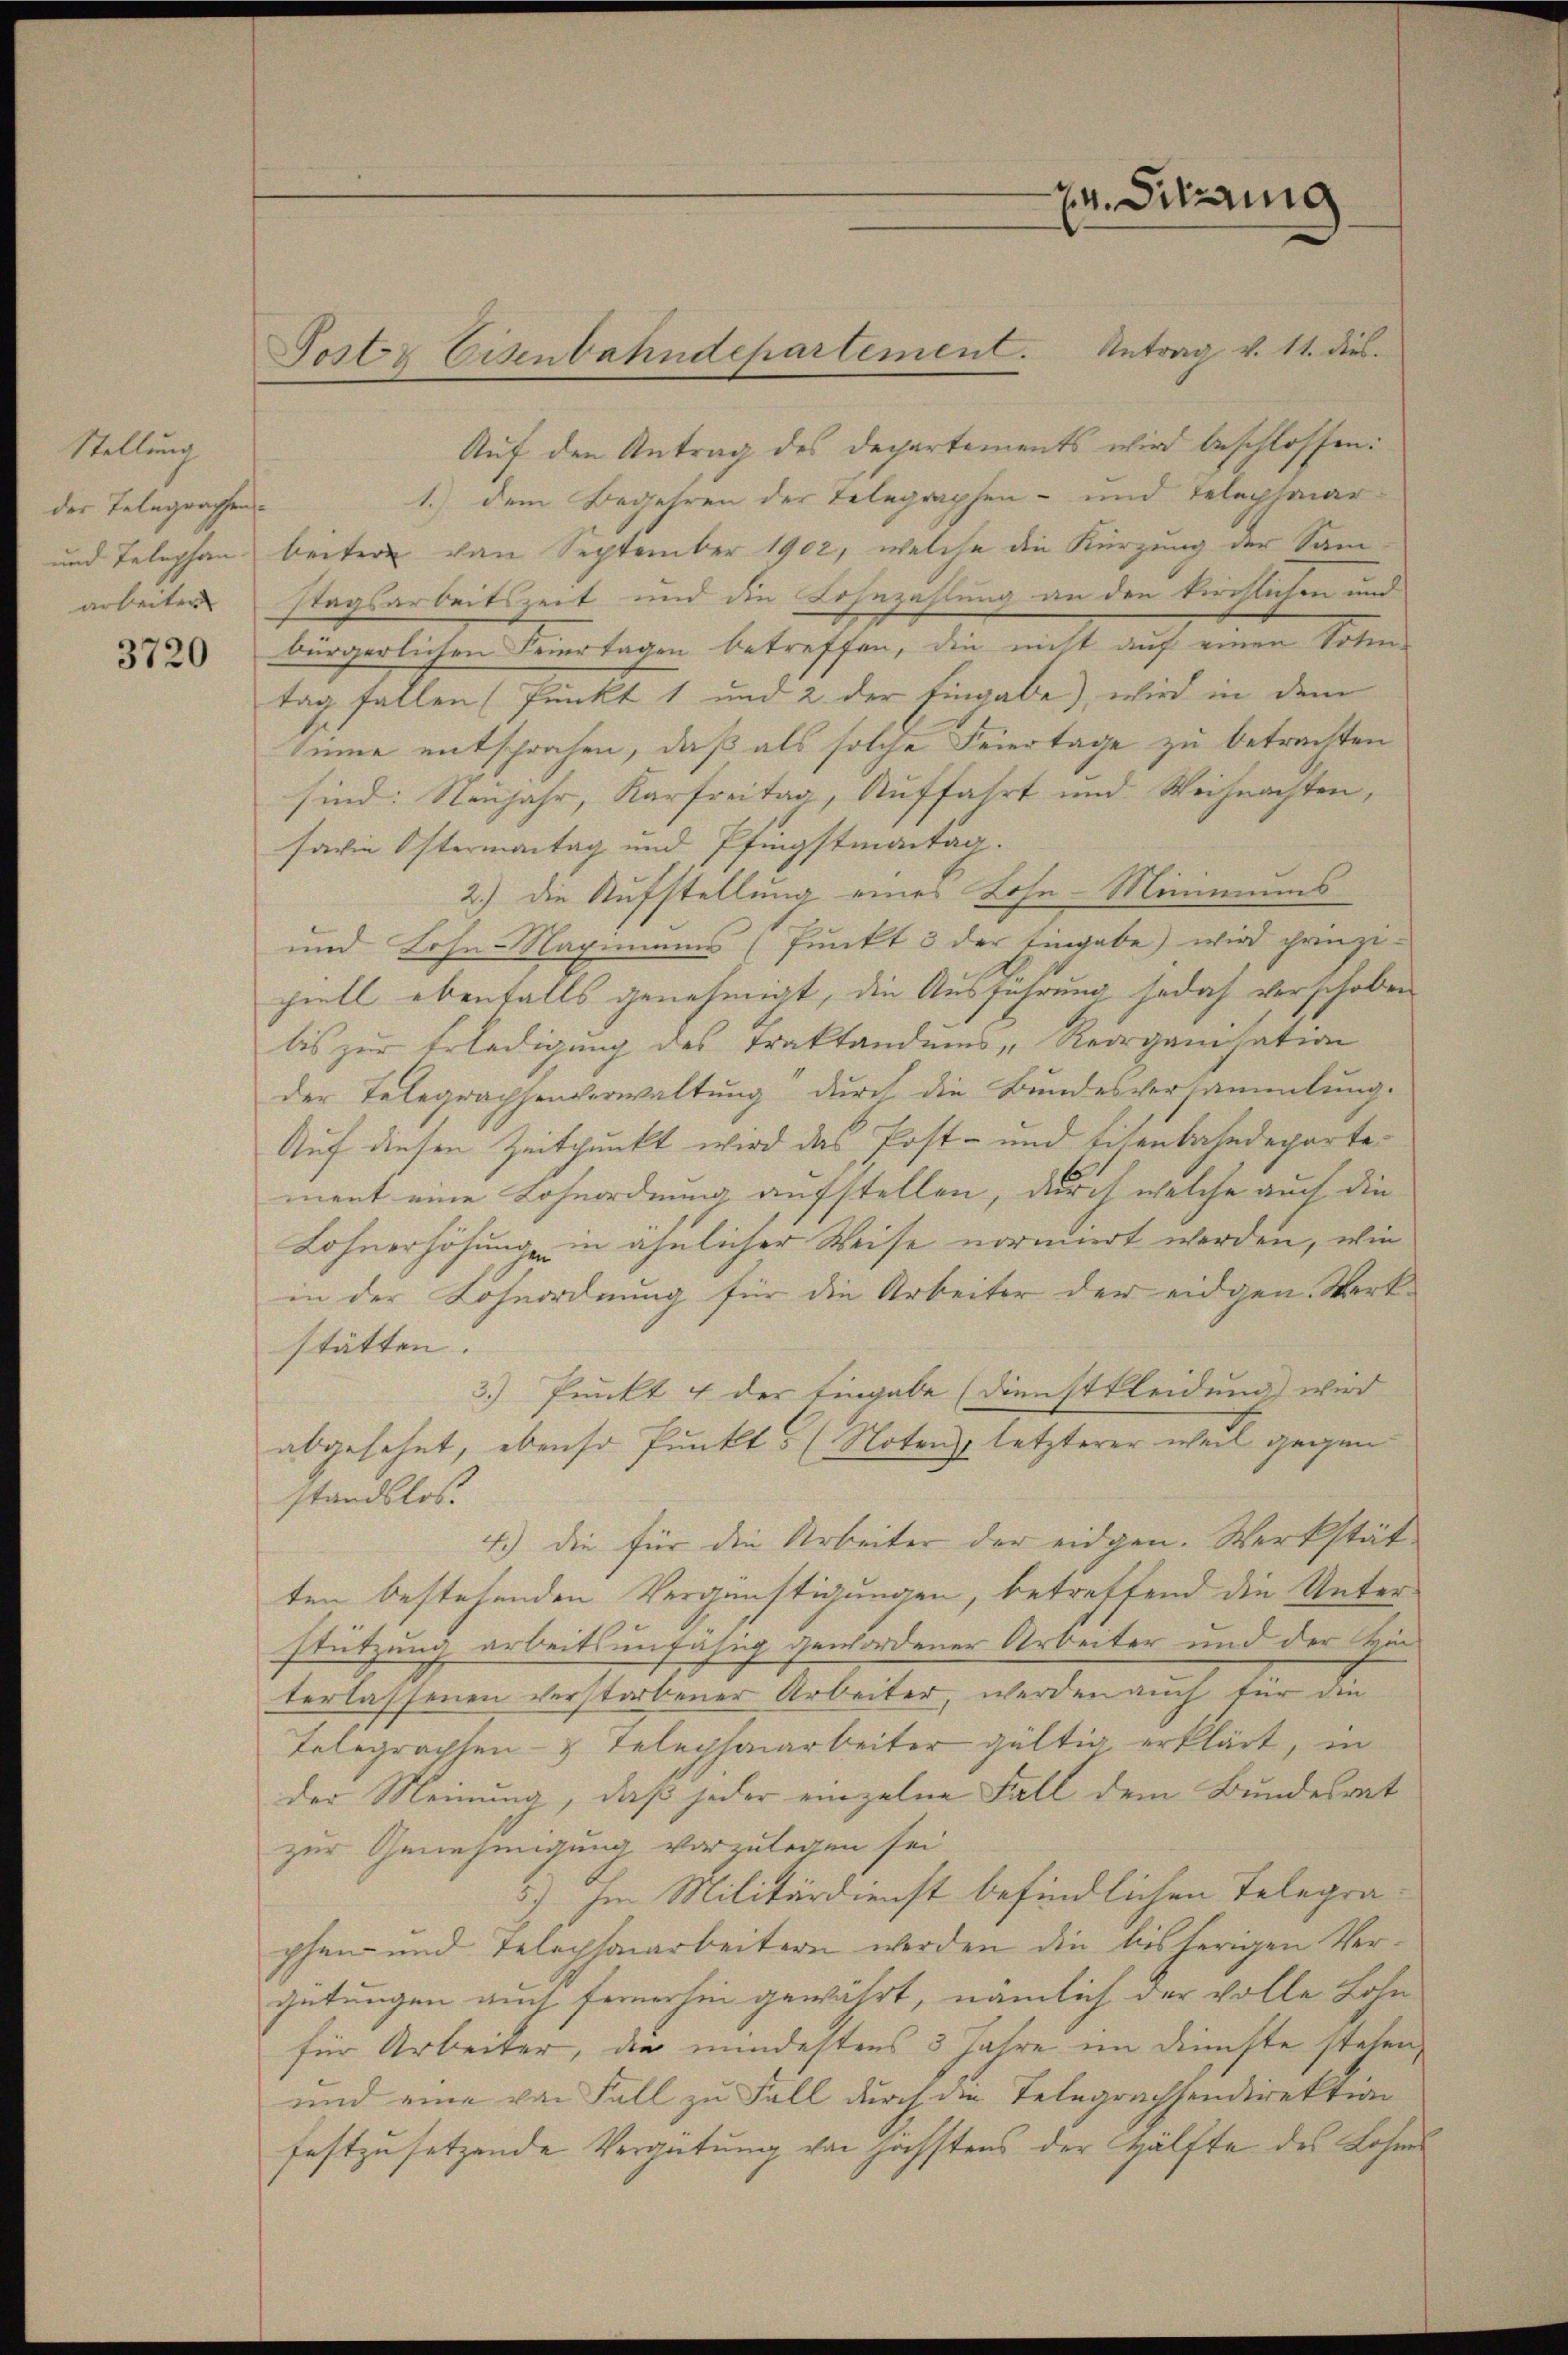
Stellung
der Telegraphen.
und Telephan.
arbeiten

3720

Auf den Antrag des Departements wird beschlossen:
1. dem Begehren der Telegraphen- und Teleptuar
beiter von September 1902, welche die Kürzung der Sam-
stagsarbeitszeit und die Lohnzahlung an den kirchlichen und
bürgerlichen Feiertagen betreffen, die nicht auf einen Solen-
tag fallen (Punkt 1 und 2 der Eingabe), wird in dem
sine entsprochen, daß als solche Feiertage zu betrachten
sind: Neujahr, Karfreitag, Auffahrt und Weihnachten,
savie Ostermantag und Pfingstmontag.
2.) Die Aufstellung eines Lohn-Minimus
und Lohn -Nagmanns (Punkt 3 der Eingabe) wird prinzi-
ciell ebenfalls genehmigt, die Ausführung jedoch verschoben
bis zur Erledigung des Traktandens - Reorganisation
der Telegrachsenverwaltung durch die Bundesversammlung.
Auf diesen Zeitpunkt wird das Post- und Eisenbahndepartement eine Lohnordnung aufstellen, durch welche auch die
Lohnerhöhung in ähnlicher Weise normiert werden, wie
in der Lohnordnung für die Arbeiter der eidgen. Werkstätten.
3.) Punkt 4 der Eingabe (Dienstkleidung wird
abgesehet, ebenso Punkts (Notenz letzterer weil gegen
standslos.
4.) Die für die Arbeiter der eidgen. Werkstätten bestehenden Vergünstigungen, betreffend die Unterstützung arbeitsunfähig gewordener Arbeiter und der vieterlassenen verstorbener Arbeiter, werden auch für die
Telegraphen- & Telephonarbeiter gültig erklärt, in
der Meinung, daß jeder einzelne Fall dem Bundesrat
zur Genehmigung vorzulegen sei.
5) Im Militärdienst befindlichen Telegra-
phen- und Telephonarbeitern werden die bisherigen Vergütungen auch fernerhin gewährt, nämlich der volle Lohn
für Arbeiter, die mindestens 3 Jahre im Dienste stehen,
und eine von Fall zu Fall durch die Telegrachsendirektion
festzusetzende Vergütung von höchstens der Hälfte des Lohnes

Sostr Eisenbahndepartement. Antrag v. 11. dies

zr. Sitzung